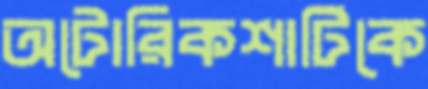
অটোরিকশাটিকে